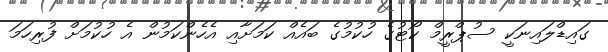
ގައިޑްލައިނަކީ ސުޕްރީމް ކޯޓުގެ ހުކުމުގެ ބައެއް ކަމަށާއި އެހެންކަމުން އެ ހުކުމަށް ފުރިހަމަ